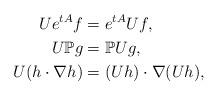
LaTeX: \begin{align*}Ue^{tA}f&=e^{tA}Uf, \\U\mathbb{P}g&=\mathbb{P}Ug, \\U(h\cdot \nabla h)&=(Uh)\cdot \nabla (Uh), \end{align*}